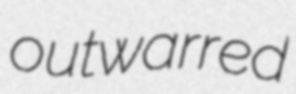
outwarred